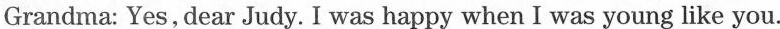
Grandma: Yes,dear Judy.I was happy when I was young like you.